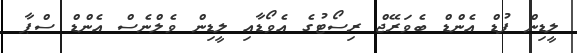
ލީޑިން ފުޑް އެންޑް ބެވަރޭޖް ރިސޯޓުގެ އެވޯޑާއި ލީޑިން ވެލްނެސް އެންޑް ސްޕާ